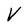
Character: V